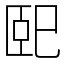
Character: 巸